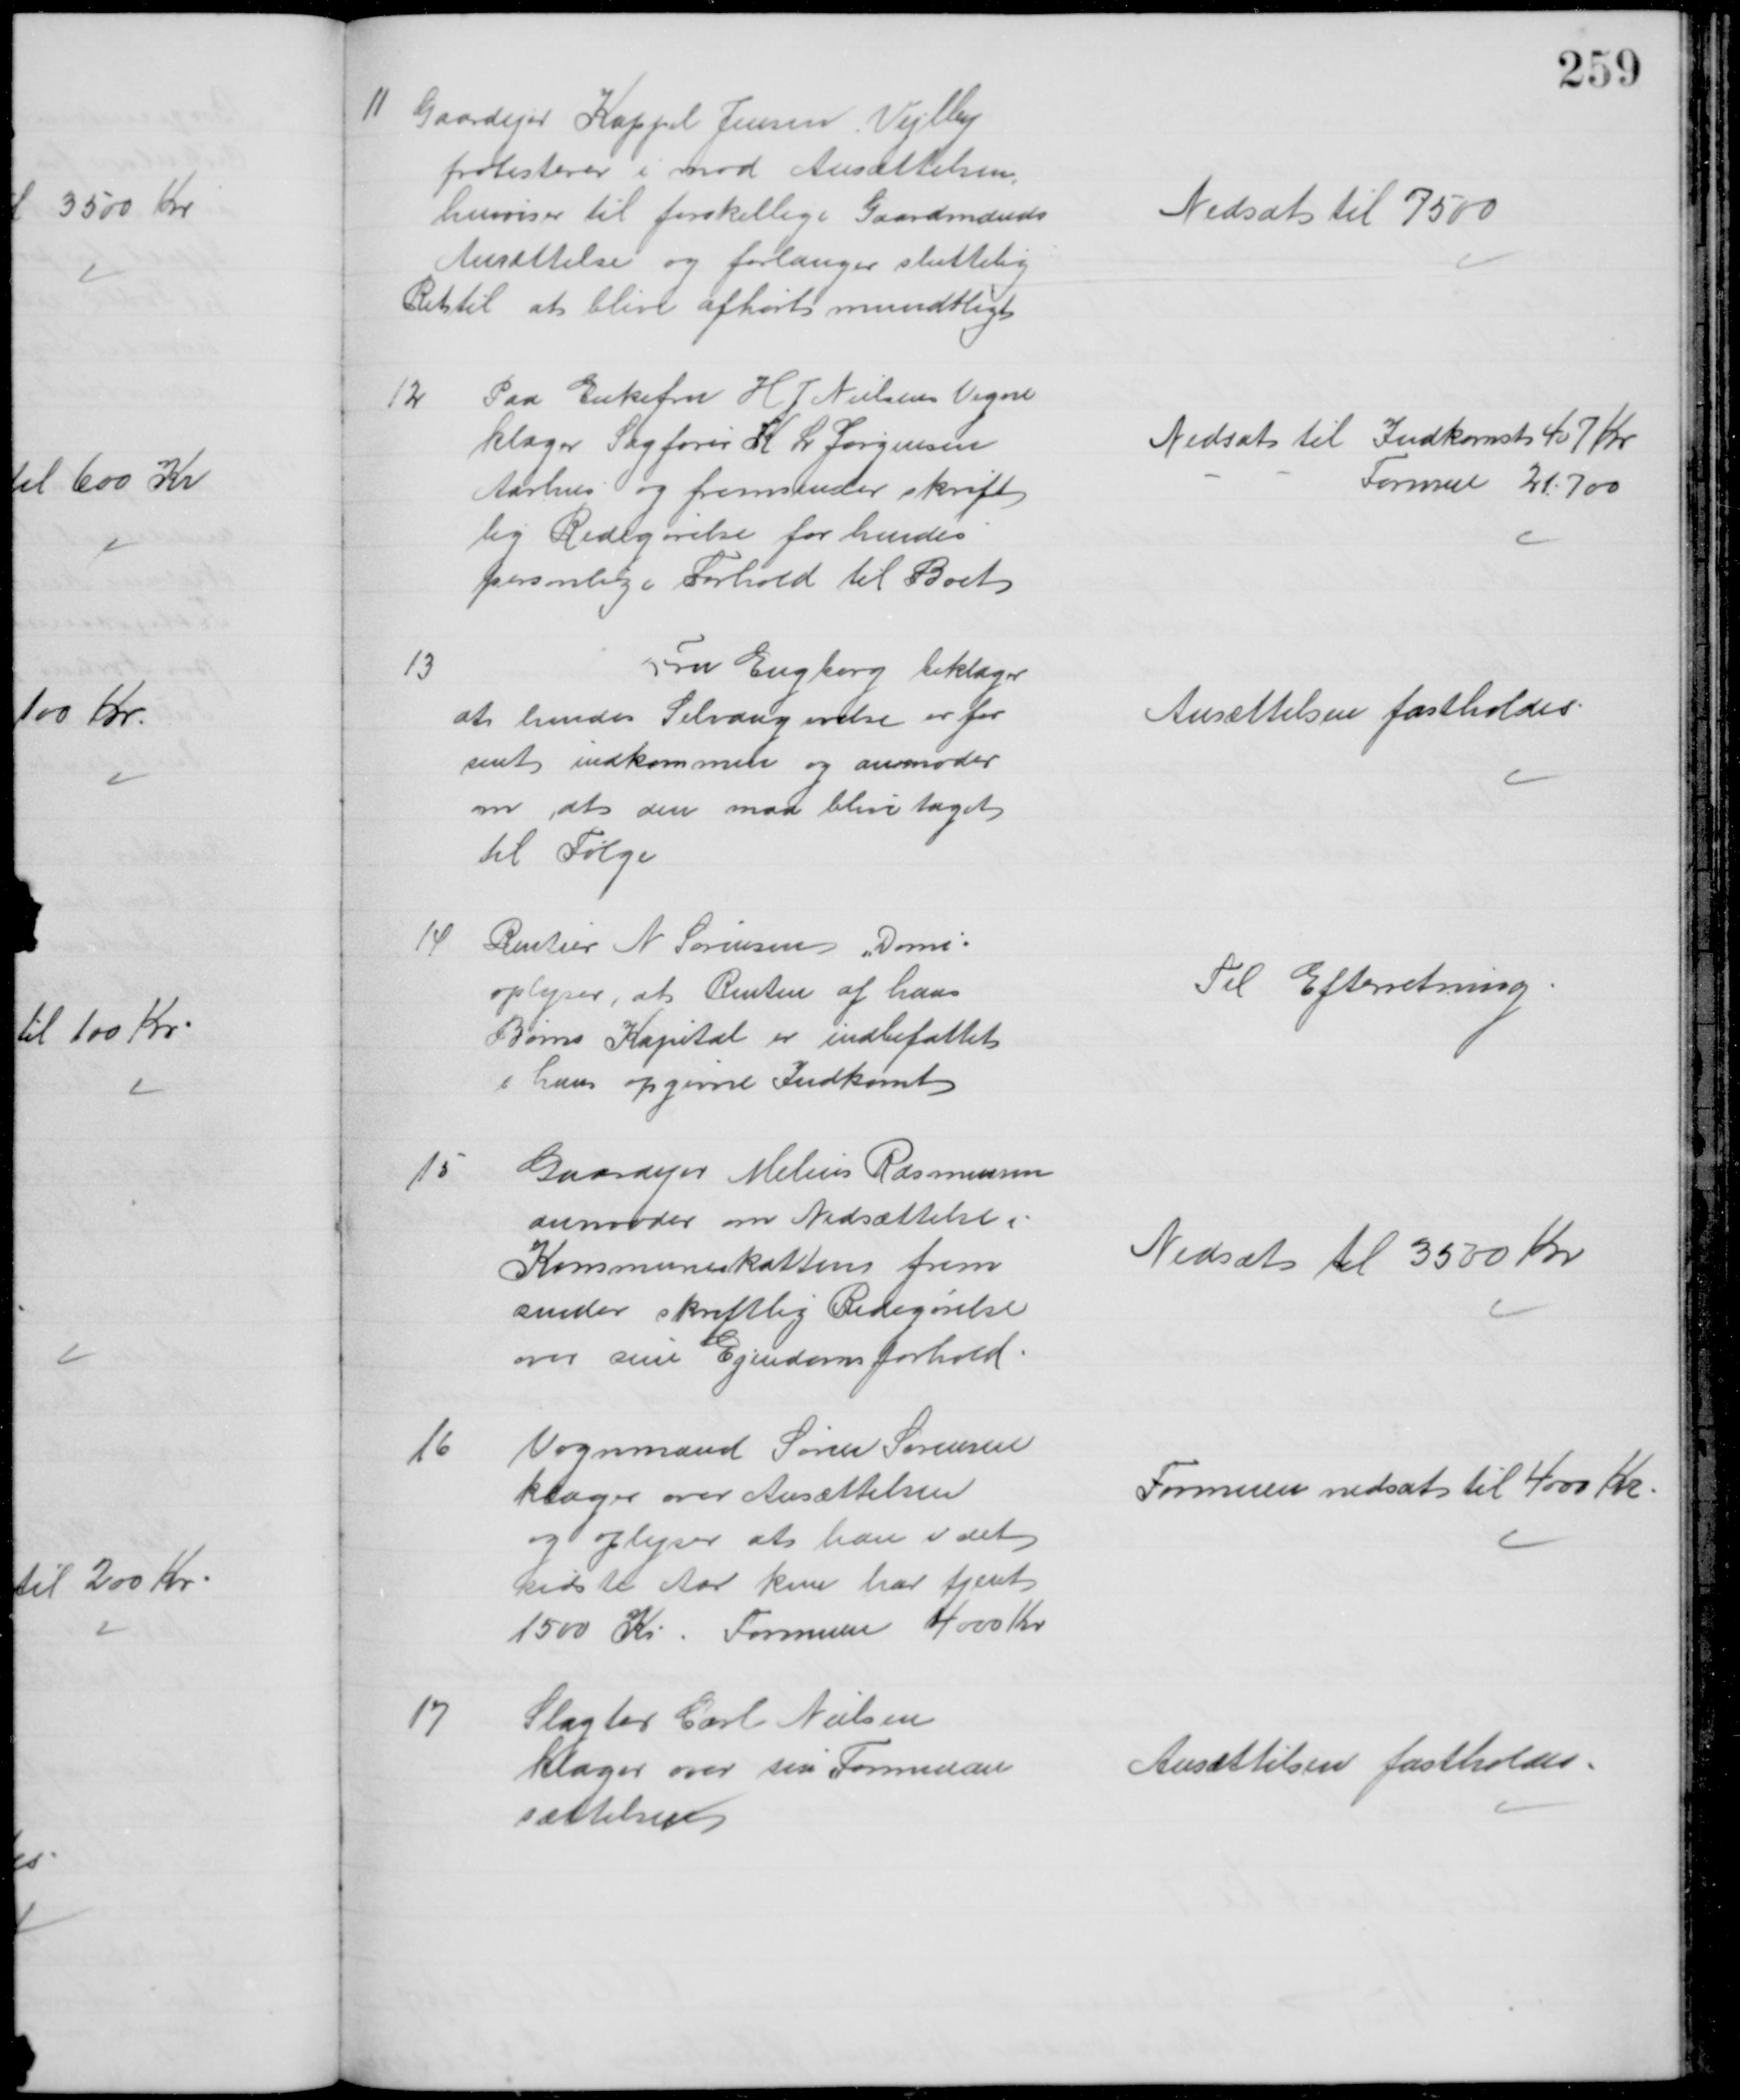
Transskription:
11
Gaardejer Kappel Jensen Vejlby
protesterer i mod Ansættelsen,
henviser til forskellige Gaardmænds
Ansættelse og forlanger sluttelig
Ret til at blive afhørt mundtligt
Nedsat til 7500
12
Paa Enkefru H J Nielsens Vegne
klager Sagfører K L Jørgensen
Aarhus og fremsender skrift
lig Redegørelse for hendes
personlige Forhold til Boet
Nedsat til Indkomst 407 Kr
Formue 21.700
13
Fru Engborg beklager
at hendes Selvangivelse er for
sent indkommen og anmoder
om, at den maa blive taget
til Følge
Ansættelsen fastholdes
14
Rentier N Sørensen "Domi"
oplyser, at Renten af hans
Børns Kapital er indbefattet
i hans opgivne Indkomst
Til Efterretning
15
Gaardejer Melius Rasmussen
anmoder om Nedsættelse i
Kommuneskatten frem
sender skriftlig Redegørelse
over sine Ejendomsforhold
Nedsat til 3500 Kr
16
Vognmand Søren Sørensen
klager over Ansættelsen
og oplyser at han i det
sidste Aar kun har tjent
1500 Kr. Formuen 4000 Kr
Formuen nedsat til 4000 Kr
17
Slagter Carl Nielsen
klager over sin Formuean
sættelsen
Ansættelsen fastholdes